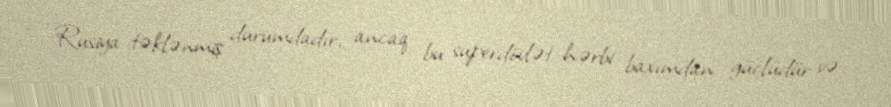
Rusiya təklənmiş durumdadır, ancaq bu superdövlət hərbi baxımdan güclüdür və